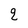
Character: q